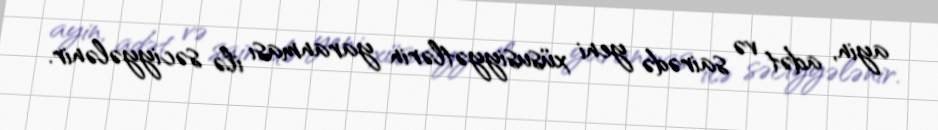
ayin, adət və sairədə yeni xüsusiyyətlərin yaranması ilə səciyyələnir.